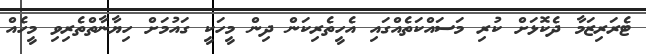
ޓެރަރިޒަމާ ދެކޮޅަށް ކުރި މަސައްކަތެއްގައި އެހީތެރިކަން ދިން މީހަކީ ގައުމަށް ހިޔާނާތްތެރިވި މީހެއް